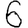
Digit: 6